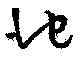
池